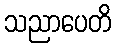
သညာပေတိ